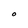
Character: O